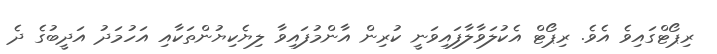
ރިޕޯޓްގައިވެ އެވެ. ރިޕޯޓް އެކުލަވާލާފައިވަނީ ކުރިން އާންމުފައިވާ ލިޔެކިޔުންތަކާއި އަހުމަދު އަދީބުގެ ދެ